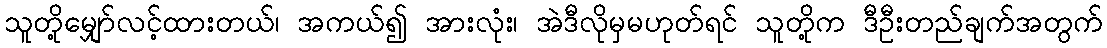
သူတို့မျှော်လင့်ထားတယ်၊ အကယ်၍ အားလုံး၊ အဲဒီလိုမှမဟုတ်ရင် သူတို့က ဒီဦးတည်ချက်အတွက်